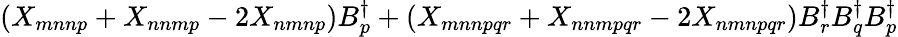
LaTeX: (X_{mnnp}+X_{nnmp}-2X_{nmnp})B_{p}^{\dagger}+(X_{mnnpqr}+X_{nnmpqr}-2X_{nmnpqr})B_{r}^{\dagger}B_{q}^{\dagger}B_{p}^{\dagger}